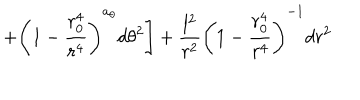
\left. + \left( 1 - \frac { r _ { 0 } ^ { 4 } } { r ^ { 4 } } \right) ^ { a _ { \theta } } d \theta ^ { 2 } \right] + \frac { l ^ { 2 } } { r ^ { 2 } } \left( 1 - \frac { r _ { 0 } ^ { 4 } } { r ^ { 4 } } \right) ^ { - 1 } d r ^ { 2 }